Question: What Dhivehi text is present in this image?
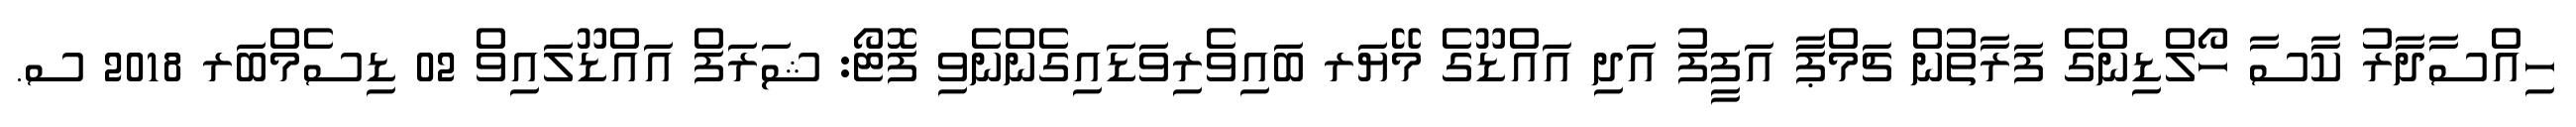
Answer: ހިއްސާދާރު ކާސާ ހޯލްޑިންގެ ފަރާތުން ޗަމްޕާ އަފީފު އަދި އައްޑޫގެ މޭޔަރ ބައިވެރިވަޑައިގެންނެވި ފޮޓޯ: ޝަރަފް އައްޑޫލައިވް 02 ޑިސެމްބަރ 2018 ސ.